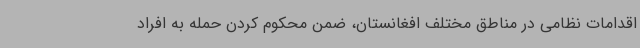
اقدامات نظامی در مناطق مختلف افغانستان، ضمن محکوم کردن حمله به افراد